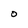
Character: O